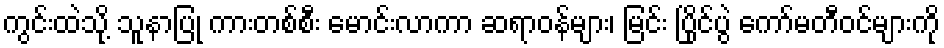
ကွင်းထဲသို့ သူနာပြု ကားတစ်စီး မောင်းလာကာ ဆရာဝန်များ၊ မြင်း ပြိုင်ပွဲ ကော်မတီဝင်များကို